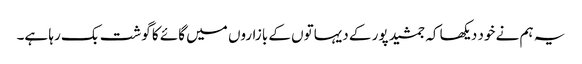
یہ ہم نے خود دیکھا کہ جمشید پور کے دیہاتوں کے بازاروں میں گائے کا گوشت بک رہا ہے۔